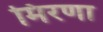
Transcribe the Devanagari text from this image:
मिरणा